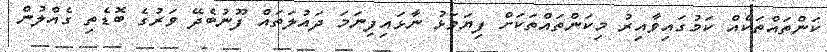
ކަންތައްތަކެއް ކަމުގައިވާއިރު މިކަންތައްތަކަށް ފިޔަވަޅު ނާޅައިފިނަމަ ދައުލަތައް ފޫނުބެދޭ ވަރުގެ ބޮޑެތި ގެއްލުން